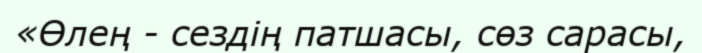
«Өлең - сездің патшасы, сөз сарасы,